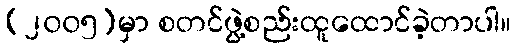
(၂၀၀၅)မှာ စတင်ဖွဲ့စည်းထူထောင်ခဲ့တာပါ။